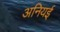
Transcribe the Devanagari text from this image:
अनियई